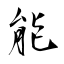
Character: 能